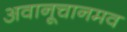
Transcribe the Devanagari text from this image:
अवानूचानमव